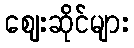
ဈေးဆိုင်များ